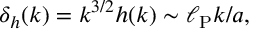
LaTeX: \delta _ { h } ( k ) = k ^ { 3 / 2 } h ( k ) \sim \ell _ { \mathrm { P } } k / a ,